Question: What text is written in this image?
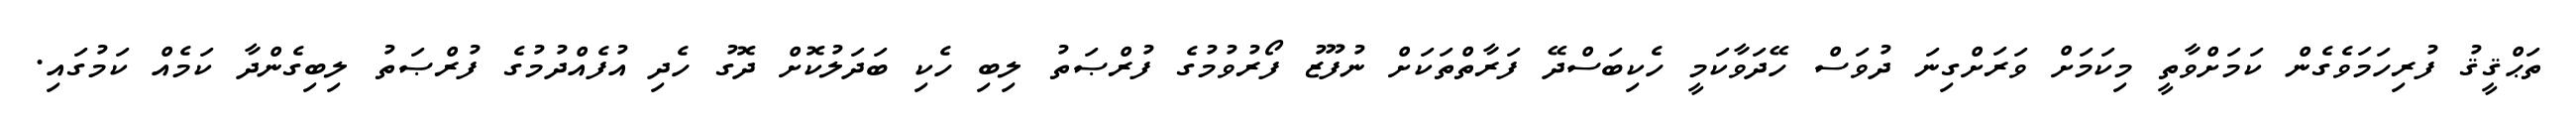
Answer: ތަޙްޤީޤު ފުރިހަމަވެގެން ކަމަށްވާތީ މިކަމަށް ވަރަށްގިނަ ދުވަސް ހޭދަވާކަމީ ހެކިބަސްދޭ ފަރާތްތަކަށް ނުފޫޒު ފޯރުވުމުގެ ފުރްޞަތު ލިބި ހެކި ބަދަލުކޮށް ދޮގު ހެދި އުފެއްދުމުގެ ފުރްޞަތު ލިބިގެންދާ ކަމެއް ކަމުގައި.